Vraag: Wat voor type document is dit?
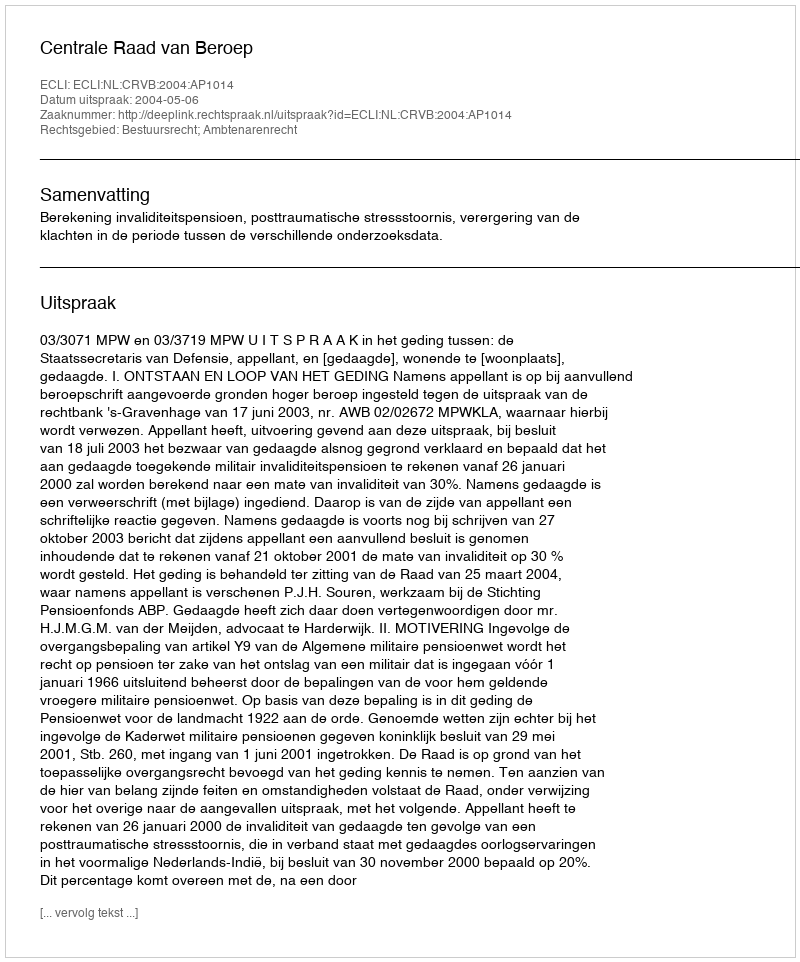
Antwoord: Uitspraak